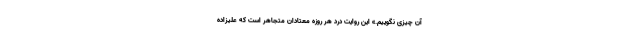
آن چیزی نگوییم.» این روایت درد هر روزه معتادان متجاهر است که علیزاده